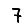
Digit: 7